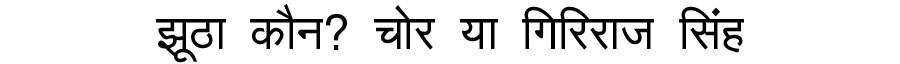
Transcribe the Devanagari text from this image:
झूठा कौन? चोर या गिरिराज सिंह